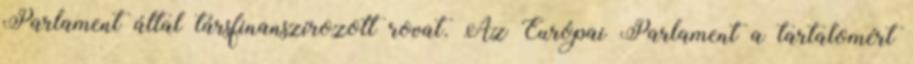
Parlament által társfinanszírozott rovat. Az Európai Parlament a tartalomért